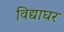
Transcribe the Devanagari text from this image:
विद्याघर